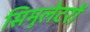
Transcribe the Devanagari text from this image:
सिमुलेटरों